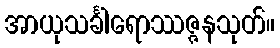
အာယုသင်္ခါရောဿဇ္ဇနသုတ်။